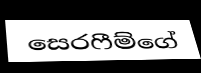
සෙරෆීම්ගේ